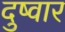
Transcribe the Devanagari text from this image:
दुष्वार